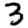
Digit: 3